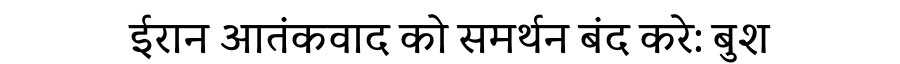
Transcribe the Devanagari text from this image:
ईरान आतंकवाद को समर्थन बंद करे: बुश